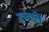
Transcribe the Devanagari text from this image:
सर्पयक्षि